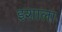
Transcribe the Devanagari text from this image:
इशाला